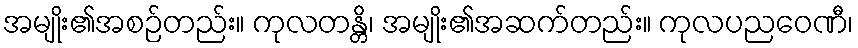
အမျိုး၏အစဉ်တည်း။ ကုလတန္တိ၊ အမျိုး၏အဆက်တည်း။ ကုလပညဝေဏီ၊